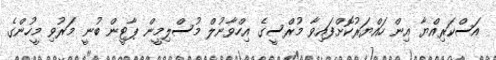
އަސްކަރިއްޔާ އިން ހައްޔަރުކޮށްފައިވާ މުރްސީގެ އިހްވާނުލް މުސްލިމީން ޕާޓީން ބުނީ މަރުވި މީހުންގެ